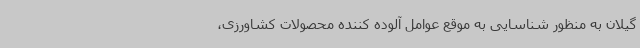
گیلان به منظور شناسایی به موقع عوامل آلوده کننده محصولات کشاورزی،